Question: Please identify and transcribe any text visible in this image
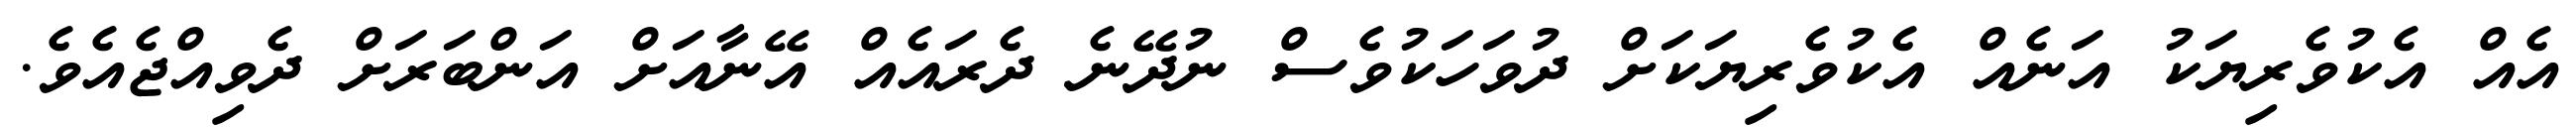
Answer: އެއް އެކުވެރިޔަކު އަނެއް އެކުވެރިޔަކަށް ދުވަހަކުވެސް ނުދޭނެ ދެރައެއް އޭނާއަށް އަންބަރަށް ދެވިއްޖެއެވެ.